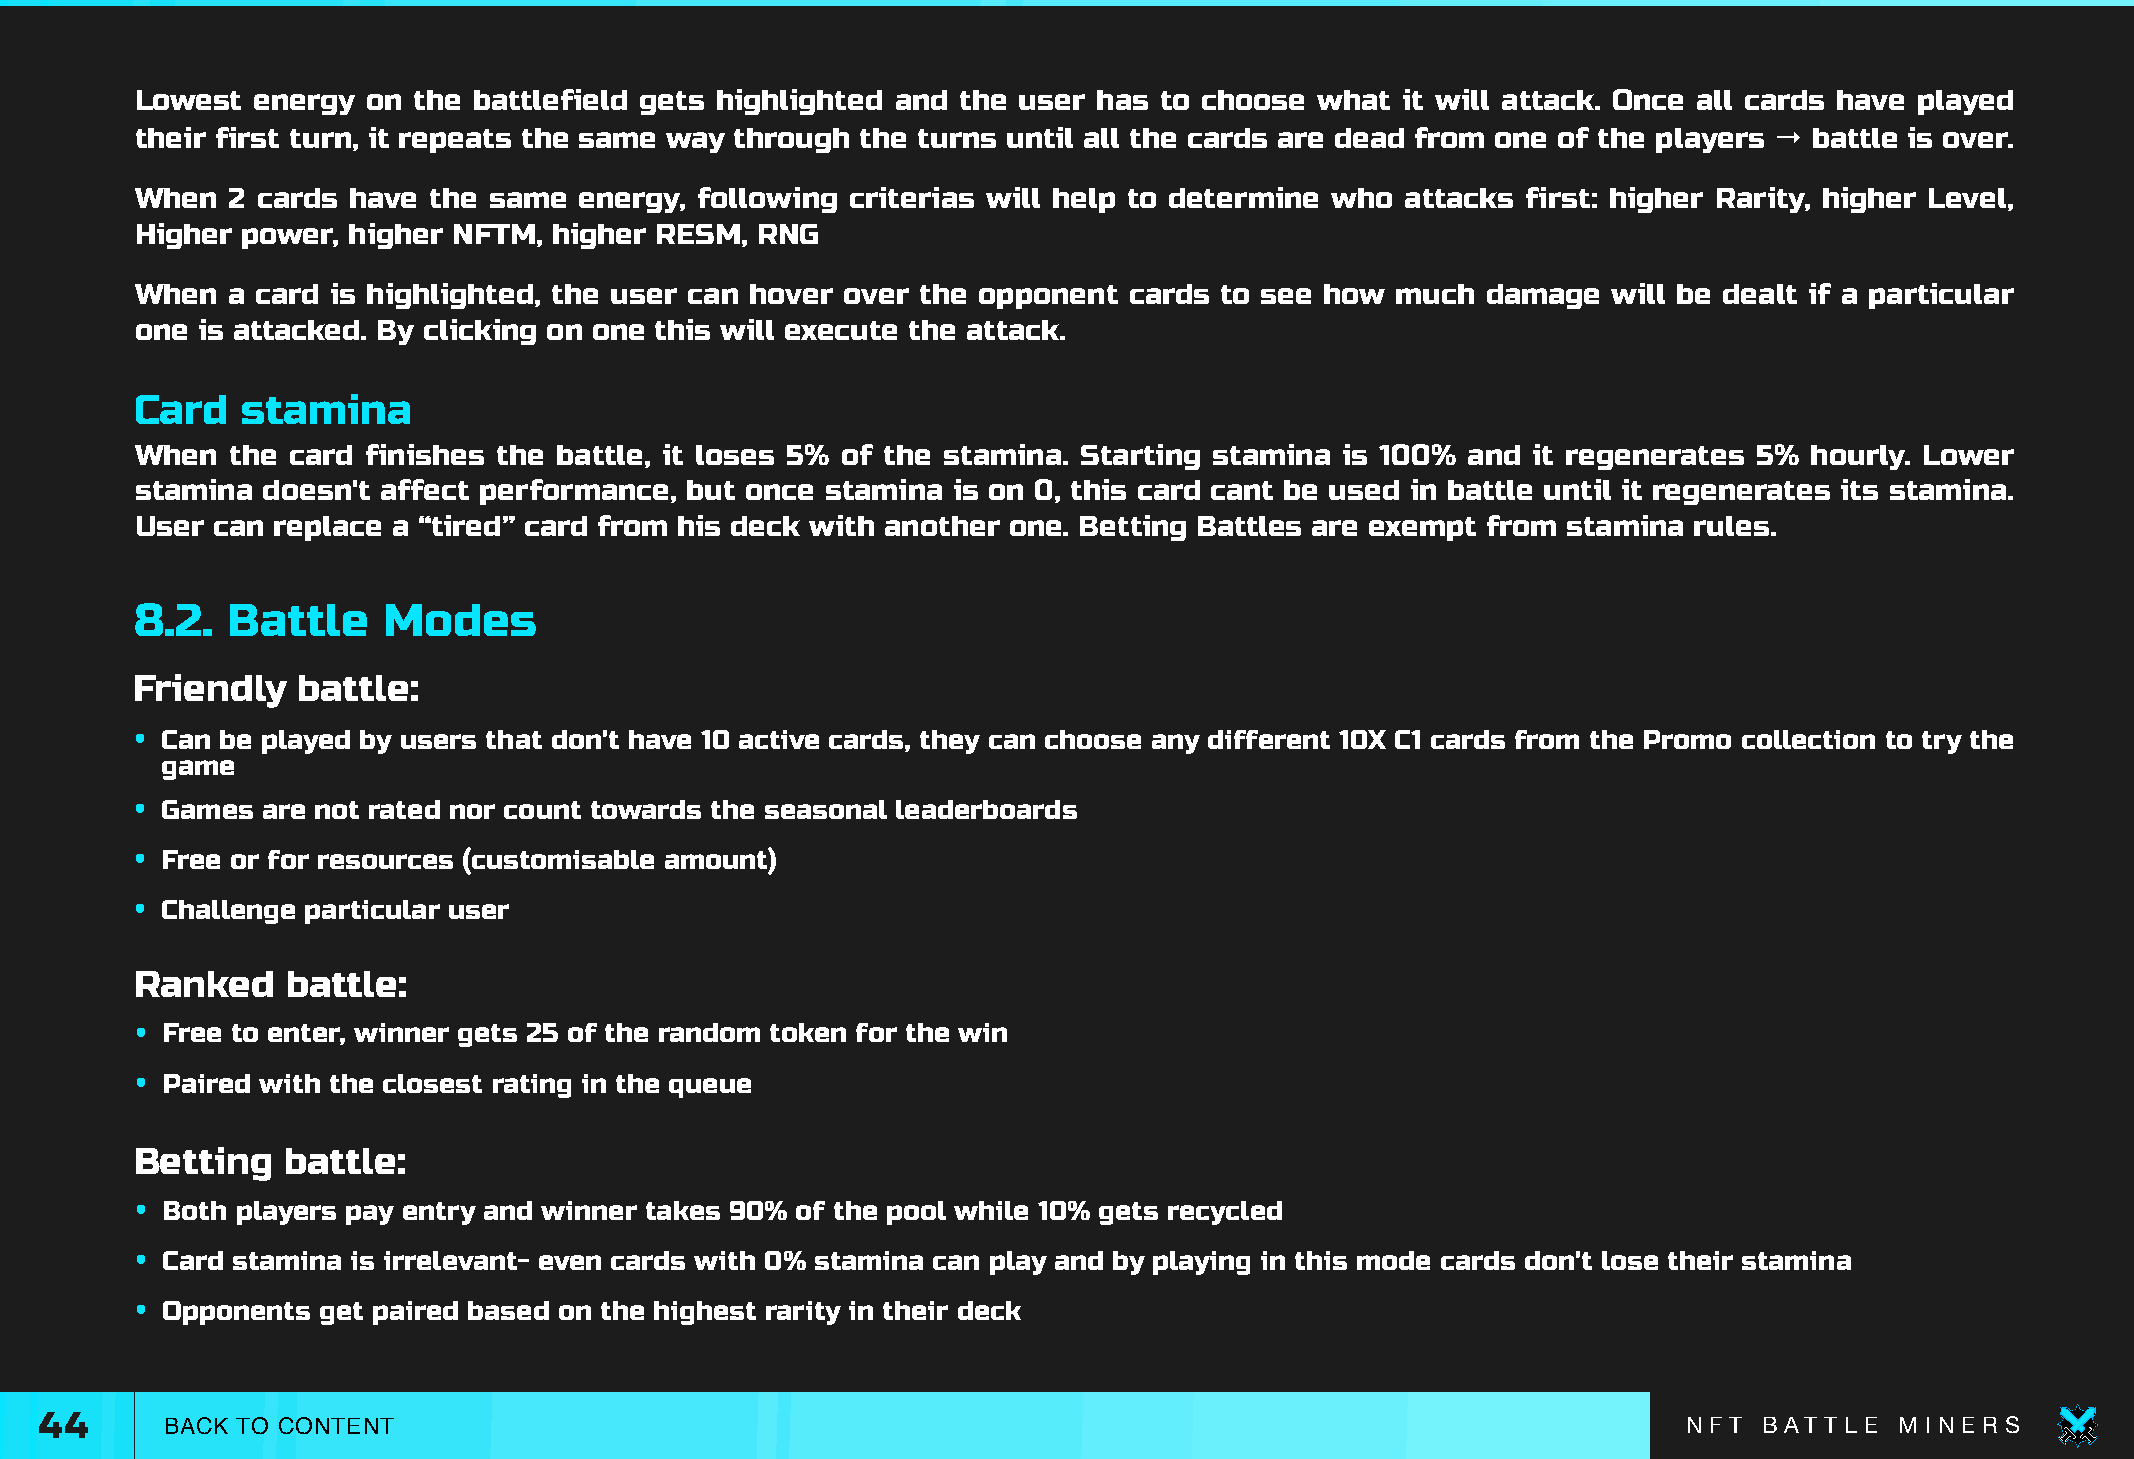
Lowest  energy on the battlefield gets highlighted and the user has to choose what  it will attack. Once all cards have played
 their first turn, it repeats the same way through the turns until all the cards are dead from one of the players → battle is over.
 When  2 cards have the same  energy, following criterias will help to determine who attacks first: higher Rarity, higher Level,
 Higher power, higher NFTM,  higher RESM, RNG
 When  a card is highlighted, the user can hover over the opponent cards to see how much  damage   will be dealt if a particular
 one is attacked. By clicking on one this will execute the attack.
 Card   stamina
 When  the card finishes the battle, it loses 5% of the stamina. Starting stamina is 100% and it regenerates 5% hourly. Lower
 stamina doesn't affect performance, but once  stamina is on 0, this card cant be used in battle until it regenerates its stamina.
 User can replace a “tired” card from his deck with another one. Betting Battles are exempt from stamina rules.
 8.2.  Battle    Modes
 Friendly   battle:
 • Can be played by users that don't have 10 active cards, they can choose any different 10X C1 cards from the Promo collection to try the
 game
 • Games are not rated nor count towards the seasonal leaderboards
 • Free or for resources (customisable amount)
 • Challenge particular user
 Ranked    battle:
 • Free to enter, winner gets 25 of the random token for the win
 • Paired with the closest rating in the queue
 Betting   battle:
 • Both players pay entry and winner takes 90% of the pool while 10% gets recycled
 • Card stamina is irrelevant- even cards with 0% stamina can play and by playing in this mode cards don't lose their stamina
 • Opponents get paired based on the highest rarity in their deck
 44      BACK TO CONTENT                                                                                      N F T B AT T L E M I N E R S